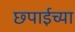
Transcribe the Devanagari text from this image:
छ्पाईच्या